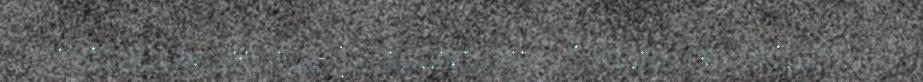
digitála tearbma- ja sátnebáŋkui http://satni.org.